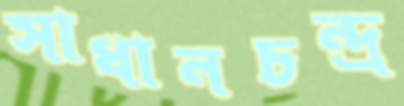
সাধানচন্দ্র